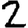
Digit: 2